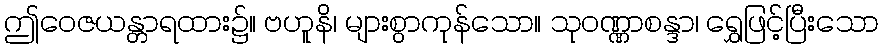
ဤဝေဇယန္တာရထား၌။ ဗဟူနိ၊ များစွာကုန်သော။ သုဝဏ္ဏာစန္ဒာ၊ ရွှေဖြင့်ပြီးသော